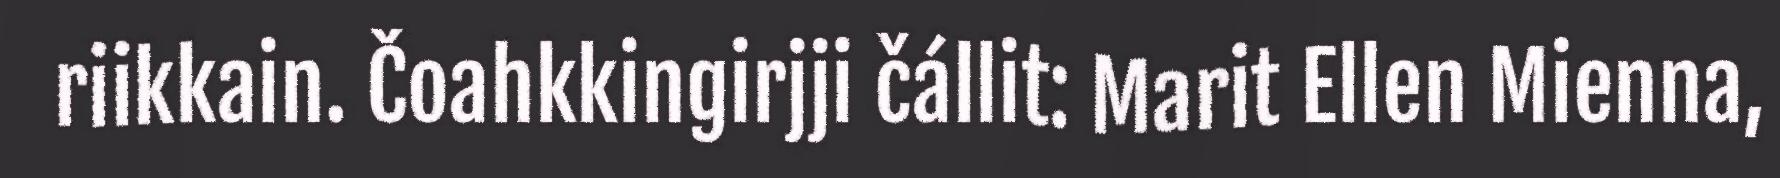
riikkain. Čoahkkingirjji čállit: Marit Ellen Mienna,